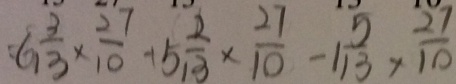
= 6 \frac { 3 } { 1 3 } \times \frac { 2 7 } { 1 0 } + 5 \frac { 2 } { 1 3 } \times \frac { 2 7 } { 1 0 } - 1 \frac { 5 } { 1 3 } \times \frac { 2 7 } { 1 0 }